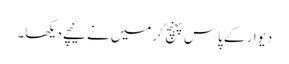
دیوار کے پاس پہنچ کر میں نے نیچے دیکھا۔